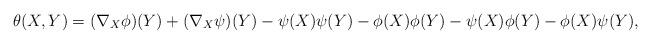
LaTeX: \begin{align*}\theta(X, Y)=(\nabla_{X}\phi)(Y)+(\nabla_{X}\psi)(Y)-\psi(X)\psi(Y)-\phi(X)\phi(Y)-\psi(X)\phi(Y)-\phi(X)\psi(Y),\end{align*}